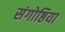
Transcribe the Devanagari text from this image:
संगोष्ठिया